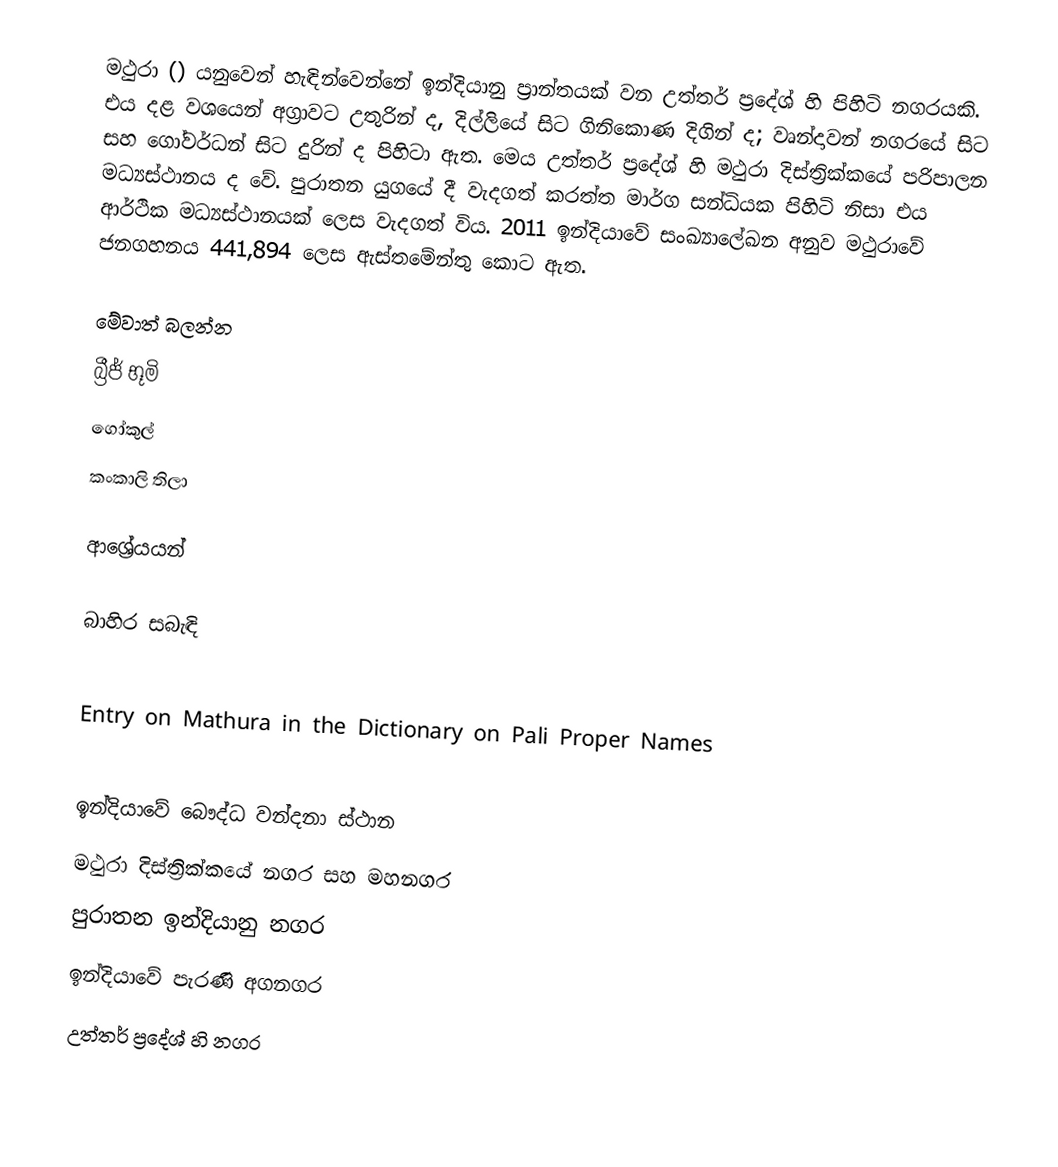
මථුරා () යනුවෙන් හැඳින්වෙන්නේ ඉන්දියානු ප්‍රාන්තයක් වන උත්තර් ප්‍රදේශ් හි පිහිටි නගරයකි.  එය දළ වශයෙන් අග්‍රාවට  උතුරින් ද, දිල්ලියේ සිට  ගිනිකොණ දිගින් ද; වෘන්දාවන් නගරයේ සිට  සහ ගෝවර්ධන් සිට  දුරින් ද පිහිටා ඇත. මෙය උත්තර් ප්‍රදේශ් හි මථුරා දිස්ත්‍රික්කයේ පරිපාලන මධ්‍යස්ථානය ද වේ. පුරාතන යුගයේ දී වැදගත් කරත්ත මාර්ග සන්ධියක  පිහිටි නිසා එය ආර්ථික මධ්‍යස්ථානයක් ලෙස වැදගත් විය. 2011 ඉන්දියාවේ සංඛ්‍යාලේඛන අනුව මථුරාවේ ජනගහනය 441,894 ලෙස ඇස්තමේන්තු කොට ඇත.

මේවාත් බලන්න
 බ්‍රීජ් භූමි
 ගෝකුල්
 කංකාලි තිලා

ආශ්‍රේයයන්

බාහිර සබැඳි

 Entry on Mathura in the Dictionary on Pali Proper Names

ඉන්දියාවේ බෞද්ධ වන්දනා ස්ථාන
මථුරා දිස්ත්‍රික්කයේ නගර සහ මහනගර
පුරාතන ඉන්දියානු නගර
ඉන්දියාවේ පැරණි අගනගර
උත්තර් ප්‍රදේශ් හි නගර